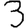
Digit: 3